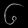
Digit: ၆